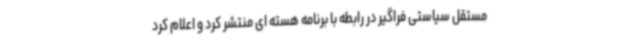
مستقل سیاستی فراگیر در رابطه با برنامه هسته ای منتشر کرد و اعلام کرد